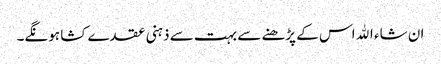
ان شاء اﷲ اس کے پڑھنے سے بہت سے ذہنی عقدے کشا ہونگے۔